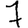
Digit: 7